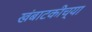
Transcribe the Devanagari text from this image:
खंबाटकीच्या